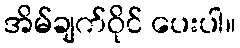
အိမ်ချက်ဝိုင် ပေးပါ။